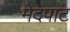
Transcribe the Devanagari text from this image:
मेदपाट